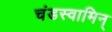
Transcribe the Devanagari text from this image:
चंडस्वामिन्